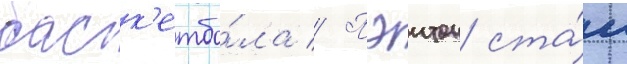
баск'етбо́ла // Пэитон ста́л